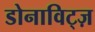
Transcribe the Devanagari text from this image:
डोनाविट्ज़